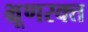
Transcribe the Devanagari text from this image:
भ्रूणरक्त